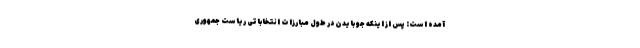
آمده است: پس از اینکه جو بایدن در طول مبارزات انتخاباتی ریاست جمهوری